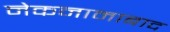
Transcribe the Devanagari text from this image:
नेकनामाबाद